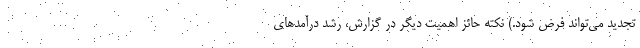
تجدید می‌تواند فرض شود.) نکته حائز اهمیت دیگر در گزارش، رشد درآمدهای